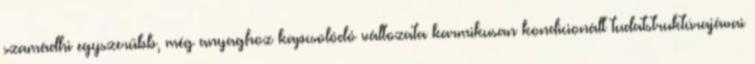
szamádhi egyszerűbb, még anyaghoz kapcsolódó változata karmikusan kondicionált tudatstruktúrajávai